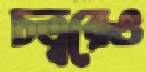
চত্বরেও